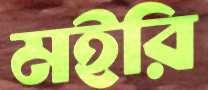
মইরি